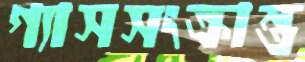
গ্যাসসংক্রান্ত